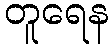
တူရေန